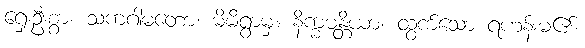
ရှေးဦးစွာ။ သကဂါမတော၊ မိမိရွာမှ။ နိက္ခမန္တိယာ၊ ထွက်သော ရဟန်းမ၏။